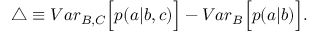
\begin{array} { r } { \bigtriangleup \equiv { V a r } _ { B , C } \Big [ p ( a | b , c ) \Big ] - { V a r } _ { B } \Big [ p ( a | b ) \Big ] . } \end{array}